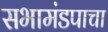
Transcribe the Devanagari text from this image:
सभामंडपाचा